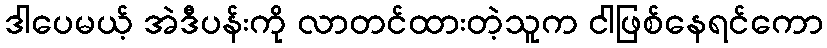
ဒါပေမယ့် အဲဒီပန်းကို လာတင်ထားတဲ့သူက ငါဖြစ်နေရင်ကော